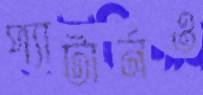
প্যাটার্নও